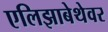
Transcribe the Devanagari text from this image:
एलिझाबेथेवर